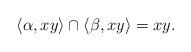
LaTeX: \begin{align*}\langle \alpha,xy \rangle \cap \langle \beta,xy \rangle = xy.\end{align*}